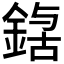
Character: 𮢃